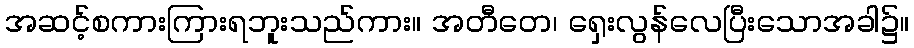
အဆင့်စကားကြားရဘူးသည်ကား။ အတီတေ၊ ရှေးလွန်လေပြီးသောအခါ၌။